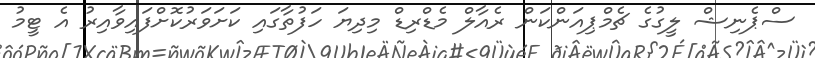
ސްޕެނިޝް ލީގުގެ ޗެމްޕިއަންކަން ރެއާލް މެޑްރިޑް މިދިޔަ ހަފުތާގައި ކަށަވަރުކޮށްފައިވާއިރު އެ ޓީމު